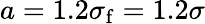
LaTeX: a=1.2\sigma_{\mathrm{f}}=1.2\sigma